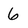
Character: 6